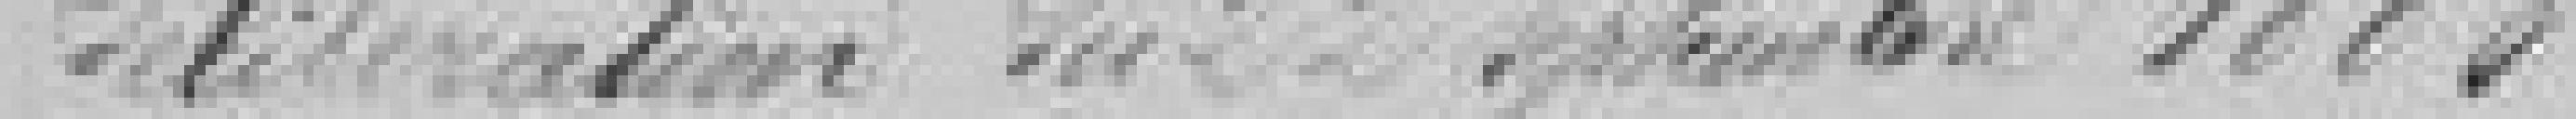
délibération du 22 septembre 1883.